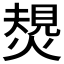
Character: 𤍮